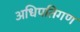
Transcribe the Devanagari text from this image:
अधिपतिगण